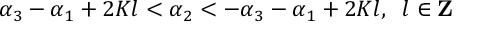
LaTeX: \alpha _ { 3 } - \alpha _ { 1 } + 2 K l < \alpha _ { 2 } < - \alpha _ { 3 } - \alpha _ { 1 } + 2 K l , \; \; l \in { \bf Z }